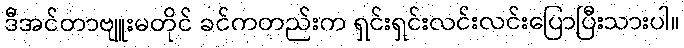
ဒီအင်တာဗျူးမတိုင် ခင်ကတည်းက ရှင်းရှင်းလင်းလင်းပြောပြီးသားပါ။